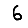
Digit: 6